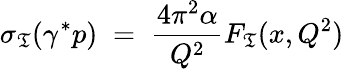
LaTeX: \sigma_{\mathfrak{T}}(\gamma^{*}p)\; =\; \frac{{4\pi^{2}\alpha}}{{Q^{2}}}F_{\mathfrak{T}}(x,Q^{2})